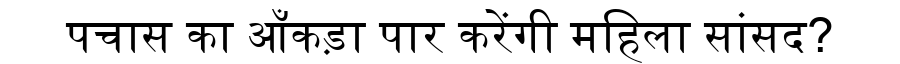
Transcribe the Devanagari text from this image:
पचास का आँकड़ा पार करेंगी महिला सांसद?